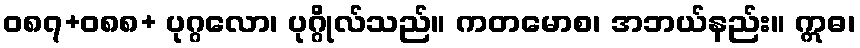
ဝ၈၇+၀၈၈+ ပုဂ္ဂလော၊ ပုဂ္ဂိုလ်သည်။ ကတမောစ၊ အဘယ်နည်း။ ဣဓ၊